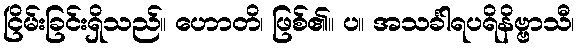
ငြိမ်းခြင်းရှိသည်။ ဟောတိ၊ ဖြစ်၏။ ပ။ အသင်္ခါရပရိနိဗ္ဗာသီ၊